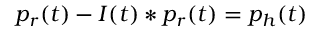
p _ { r } ( t ) - I ( t ) \ast p _ { r } ( t ) = p _ { h } ( t )